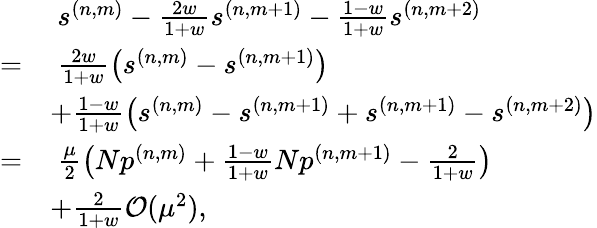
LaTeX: \begin{array}{rl}&{~s^{(n,m)}-\frac{2w}{1+w}s^{(n,m+1)}-\frac{1-w}{1+w}s^{(n,m+2)}}\\ {=}&{~\frac{2w}{1+w}\left(s^{(n,m)}-s^{(n,m+1)}\right)}\\ &{+\frac{1-w}{1+w}\left(s^{(n,m)}-s^{(n,m+1)}+s^{(n,m+1)}-s^{(n,m+2)}\right)}\\ {=}&{~\frac{\mu}{2}\left(Np^{(n,m)}+\frac{1-w}{1+w}Np^{(n,m+1)}-\frac{2}{1+w}\right)}\\ &{+\frac{2}{1+w}\mathcal{O}(\mu^{2}),}\end{array}